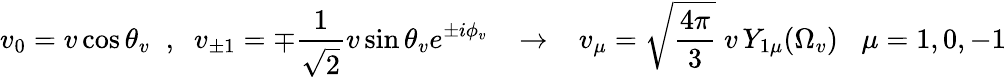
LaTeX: v_{0}=v\cos\theta_{v}\; \; ,\; \; v_{\pm 1}=\mp\frac{1}{\sqrt{2}}v\sin\theta_{v}e^{\pm i\phi_{v}}\; \; \; \to\; \; \; v_{\mu}=\sqrt{\frac{4\pi}{3}}\; v\, Y_{1\mu}(\Omega_{v})\; \; \; \mu=1,0,-1